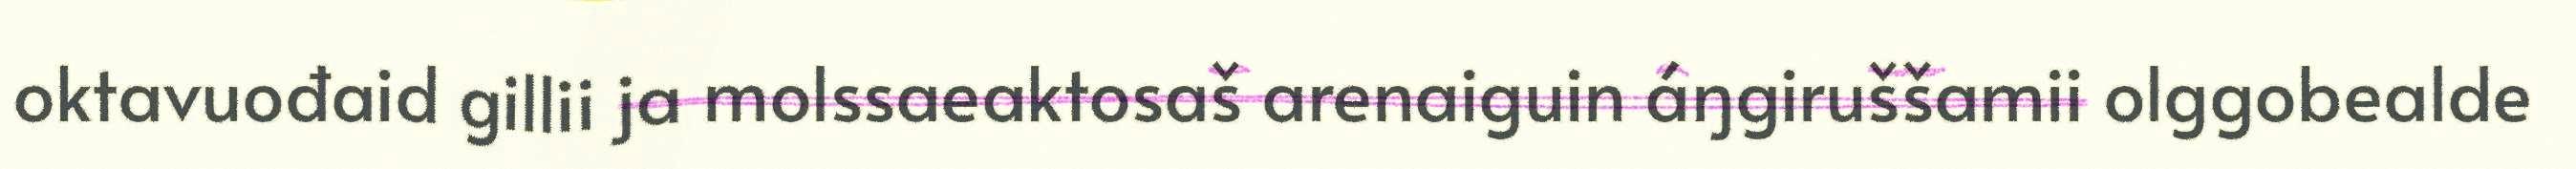
oktavuođaid gillii ja molssaeaktosaš arenaiguin áŋgiruššamii olggobealde